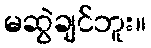
မဆွဲချင်ဘူး။